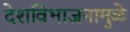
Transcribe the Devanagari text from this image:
देशविभाजनामुळे